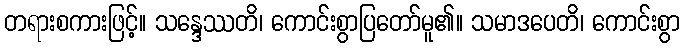
တရားစကားဖြင့်။ သန္ဒေဿတိ၊ ကောင်းစွာပြတော်မူ၏။ သမာဒပေတိ၊ ကောင်းစွာ